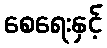
စေရေးနှင့်